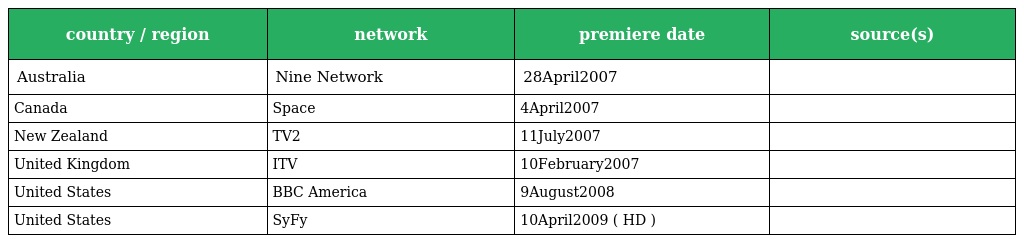
| country / region | network | premiere date | source(s) |
 | --- | --- | --- | --- |
 | Australia | Nine Network | 28April2007 |  |
 | Canada | Space | 4April2007 |  |
 | New Zealand | TV2 | 11July2007 |  |
 | United Kingdom | ITV | 10February2007 |  |
 | United States | BBC America | 9August2008 |  |
 | United States | SyFy | 10April2009 ( HD ) |  |